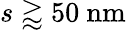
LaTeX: s\gtrapprox 50~\mathrm{nm}